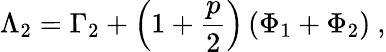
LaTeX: \Lambda_{2}=\Gamma_{2}+\left(1+\frac{p}{2}\right)\left(\Phi_{1}+\Phi_{2}\right)\ ,